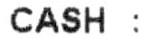
CASH :